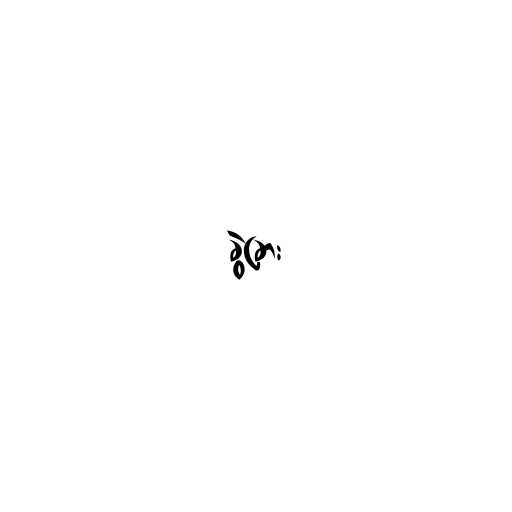
ခွဲခြား